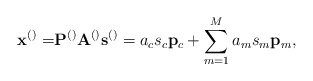
\begin{align*}\mathbf{x}^{\left(\right)}=&\mathbf{P}^{\left(\right)}\mathbf{A}^{\left(\right)}\mathbf{s}^{\left(\right)}=a_c s_c \mathbf{p}_c+\sum_{m=1}^{M}a_m s_m \mathbf{p}_m, \end{align*}